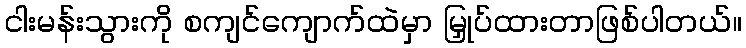
ငါးမန်းသွားကို စကျင်ကျောက်ထဲမှာ မြှုပ်ထားတာဖြစ်ပါတယ်။